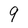
Character: 9